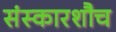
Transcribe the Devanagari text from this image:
संस्कारशौच